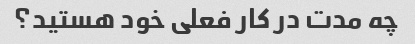
چه مدت در کار فعلی خود هستید؟